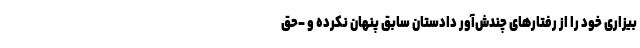
بیزاری خود را از رفتارهای چندش‌آور دادستان سابق پنهان نکرده و –حق